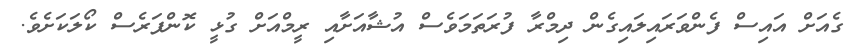
ގެއަށް އައިސް ފެންވަރައިލައިގެން ދިމްރާ ފުރަތަމަވެސް އުޝާއަށާއި ރީމްއަށް ގުޅީ ކޮންފަރެސް ކޯލަކަށެވެ.